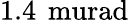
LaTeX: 1.4\, \mathrm{\ murad}